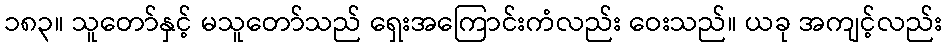
၁၈၃။ သူတော်နှင့် မသူတော်သည် ရှေးအကြောင်းကံလည်း ဝေးသည်။ ယခု အကျင့်လည်း